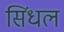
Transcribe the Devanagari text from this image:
सिंधल